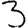
Digit: 3